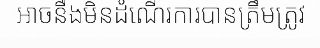
អាចនឺងមិនដំណើរការបានត្រឹមត្រូវ